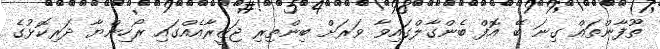
ތޫފާންތައް ގިނަ ބޭ އޮފް ބެންގާލްގައިވާ ވަރަށް ބިންތިިރި ޖަޒީރާއެއްގައި ރޯހިންޔާ ދަރިކޮޅުގެ